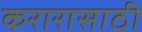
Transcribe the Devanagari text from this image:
करारासाठी